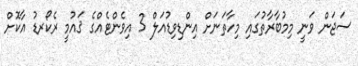
ސަޖަން ވަނީ މިމުބާރާތުގައި މިހާތަނަށް އިންޑިވިޑުއަލް 3 އިވެންޓެއްގެ ޤައުމީ ރެކޯރޑު އާކޮށް